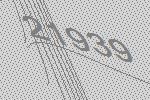
21939